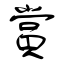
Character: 賞